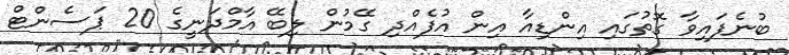
ބުނެފައިވާ ގޮތުގައި އިންޑިއާ އިން އުފެއްދި ގޭމުން ލިބޭ އާމްދަނީގެ 20 ޕަސެންޓް